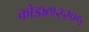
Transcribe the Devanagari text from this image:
कोड४१२२०५